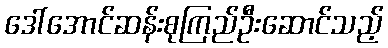
ဒေါ်အောင်ဆန်းစုကြည်ဦးဆောင်သည့်